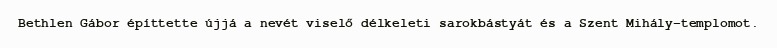
Bethlen Gábor építtette újjá a nevét viselő délkeleti sarokbástyát és a Szent Mihály-templomot.